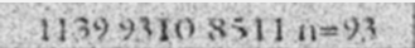
1139 9310 8511 n=93